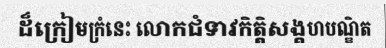
ដ៏ក្រៀមក្រំនេះ លោកជំទាវកិត្តិសង្គហបណ្ឌិត